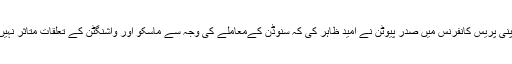
منگل کو اپنی پریس کانفرنس میں صدر پیوٹن نے امید ظاہر کی کہ سنوڈن کےمعاملے کی وجہ سے ماسکو اور واشنگٹن کے تعلقات متاثر نہیں ہوں گے۔